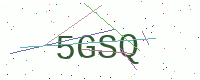
Text: 5GSQ